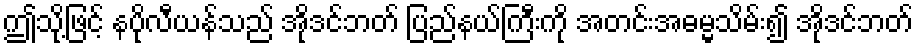
ဤသို့ဖြင့် နပိုလီယန်သည် အိုဒင်ဘတ် ပြည်နယ်ကြီးကို အတင်းအဓမ္မသိမ်း၍ အိုဒင်ဘတ်